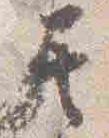
其